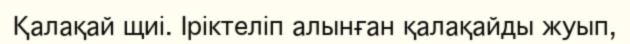
Қалақай щиі. Іріктеліп алынған қалақайды жуып,